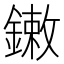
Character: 𨫾